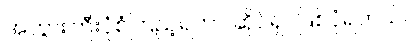
အဘွားကြီးပုံစံကြည့်ရတာ ဆိုင်ရှင်ဖြစ်ပုံရတယ်။